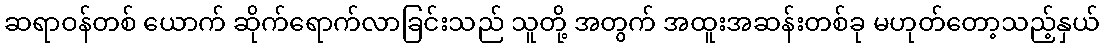
ဆရာဝန်တစ် ယောက် ဆိုက်ရောက်လာခြင်းသည် သူတို့ အတွက် အထူးအဆန်းတစ်ခု မဟုတ်တော့သည့်နှယ်